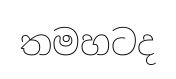
තමහටද